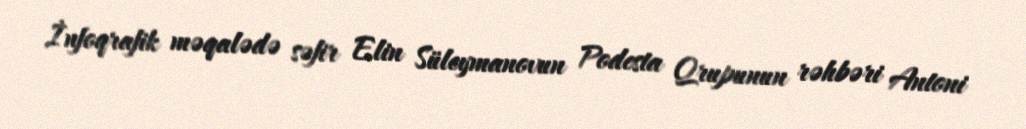
İnfoqrafik məqalədə səfir Elin Süleymanovun Podesta Qrupunun rəhbəri Antoni